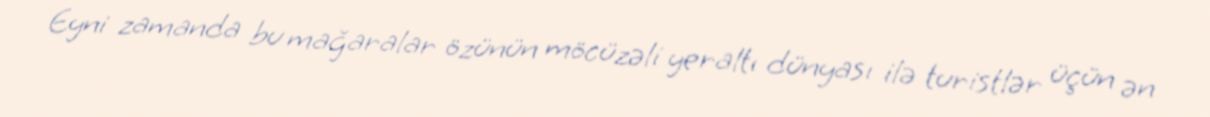
Eyni zamanda bu mağaralar özünün möcüzəli yeraltı dünyası ilə turistlər üçün ən